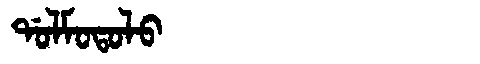
Manchu: ᡩᠣᠯᠮᠣᡨᠣᠯᠣ
Romanization: DOLMOTOLO